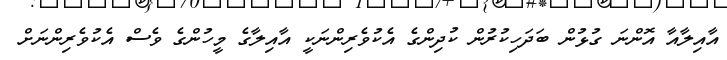
އާއިލާއާ އޮންނަ ގުޅުން ބަދަހިކުރުން ކުދިންގެ އެކުވެރިންނަކީ އާއިލާގެ މީހުންގެ ވެސް އެކުވެރިންނަށް